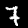
Digit: 7